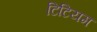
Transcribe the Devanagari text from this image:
टिटियम